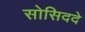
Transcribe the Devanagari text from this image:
सोसिददे